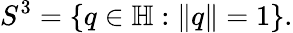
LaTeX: S^{3}=\left\{ q\in\mathbb{H}:\| q\| =1\right\} .